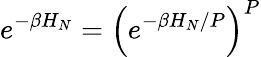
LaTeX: e^{-\beta H_{N}}=\left(e^{-\beta H_{N}/P}\right)^{P}